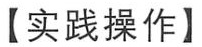
【实践操作】